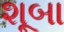
શૂબા